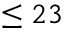
\leq 2 3